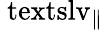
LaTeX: \mathrm{\ textsl{v}}_{\parallel}